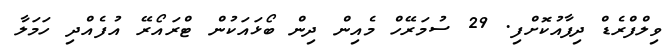
ވިލްފްރެޑް ދިފާއުކޮށްފި. 29 ސުމަރޭހް މެއިން ދިން ބޯޅައަކުން ޓްރައޯރޭ އުފެއްދި ހަމަލާ